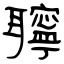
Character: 聹